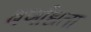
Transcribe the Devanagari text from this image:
बर्णांधता